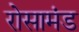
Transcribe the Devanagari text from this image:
रोसामंड